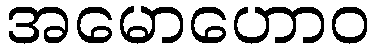
အမောဟောဝ